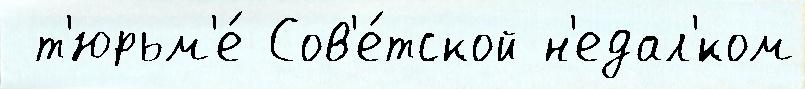
 т'юрьм'е́ Сов'е́тской н'едал'́ком